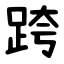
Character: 跨